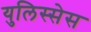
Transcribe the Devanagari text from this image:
युलिस्सेस